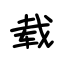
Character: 载